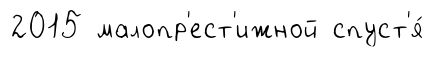
2015 малопр'ест'ижной спуст'я́